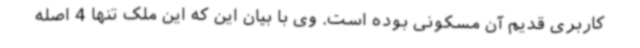
کاربری قدیم آن مسکونی بوده است. وی با بیان این که این ملک تنها 4 اصله